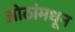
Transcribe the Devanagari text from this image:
ओठांमधून